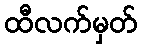
ထီလက်မှတ်